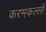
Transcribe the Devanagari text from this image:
करमकल्लों